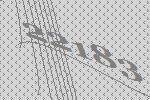
22183